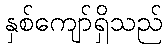
နှစ်ကျော်ရှိသည်